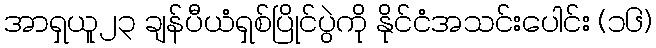
အာရှယူ၂၃ ချန်ပီယံရှစ်ပြိုင်ပွဲကို နိုင်ငံအသင်းပေါင်း (၁၆)